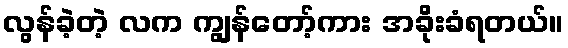
လွန်ခဲ့တဲ့ လက ကျွန်တော့်ကား အခိုးခံရတယ်။